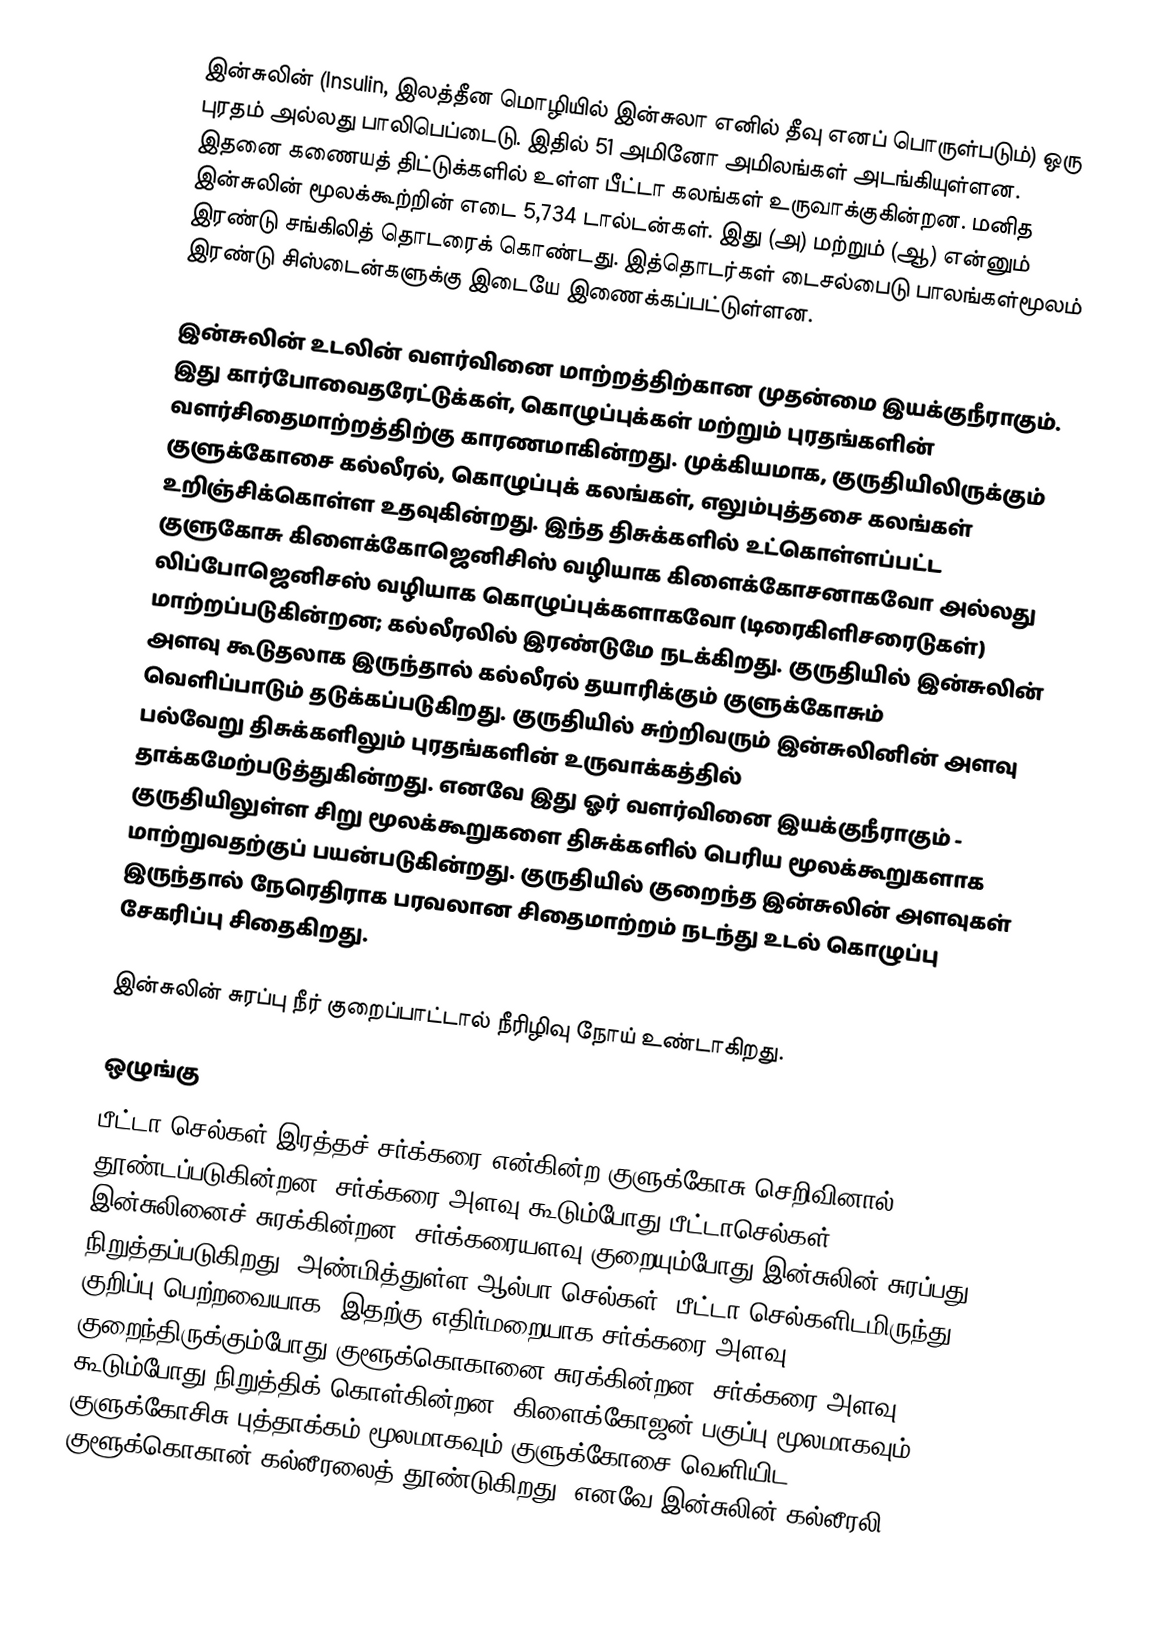
இன்சுலின் (Insulin, இலத்தீன மொழியில் இன்சுலா எனில் தீவு எனப் பொருள்படும்) ஒரு புரதம் அல்லது பாலிபெப்டைடு.  இதில் 51 அமினோ அமிலங்கள் அடங்கியுள்ளன. இதனை கணையத் திட்டுக்களில் உள்ள பீட்டா கலங்கள் உருவாக்குகின்றன. மனித இன்சுலின் மூலக்கூற்றின் எடை 5,734 டால்டன்கள். இது (அ) மற்றும் (ஆ) என்னும் இரண்டு சங்கிலித் தொடரைக் கொண்டது. இத்தொடர்கள் டைசல்பைடு பாலங்கள்மூலம் இரண்டு சிஸ்டைன்களுக்கு இடையே இணைக்கப்பட்டுள்ளன.

இன்சுலின் உடலின் வளர்வினை மாற்றத்திற்கான முதன்மை இயக்குநீராகும். இது கார்போவைதரேட்டுக்கள், கொழுப்புக்கள் மற்றும் புரதங்களின்  வளர்சிதைமாற்றத்திற்கு காரணமாகின்றது. முக்கியமாக, குருதியிலிருக்கும் குளுக்கோசை  கல்லீரல், கொழுப்புக் கலங்கள், எலும்புத்தசை கலங்கள் உறிஞ்சிக்கொள்ள உதவுகின்றது.  இந்த திசுக்களில் உட்கொள்ளப்பட்ட குளுகோசு கிளைக்கோஜெனிசிஸ் வழியாக கிளைக்கோசனாகவோ அல்லது லிப்போஜெனிசஸ்  வழியாக கொழுப்புக்களாகவோ (டிரைகிளிசரைடுகள்) மாற்றப்படுகின்றன; கல்லீரலில் இரண்டுமே நடக்கிறது. குருதியில் இன்சுலின் அளவு கூடுதலாக இருந்தால் கல்லீரல் தயாரிக்கும் குளுக்கோசும் வெளிப்பாடும் தடுக்கப்படுகிறது. குருதியில் சுற்றிவரும் இன்சுலினின் அளவு பல்வேறு திசுக்களிலும் புரதங்களின் உருவாக்கத்தில் தாக்கமேற்படுத்துகின்றது.  எனவே இது ஓர் வளர்வினை இயக்குநீராகும் - குருதியிலுள்ள சிறு மூலக்கூறுகளை திசுக்களில் பெரிய மூலக்கூறுகளாக மாற்றுவதற்குப் பயன்படுகின்றது.  குருதியில் குறைந்த இன்சுலின் அளவுகள் இருந்தால் நேரெதிராக பரவலான  சிதைமாற்றம் நடந்து  உடல் கொழுப்பு சேகரிப்பு சிதைகிறது.

இன்சுலின் சுரப்பு நீர் குறைப்பாட்டால் நீரிழிவு நோய் உண்டாகிறது.

ஒழுங்கு
பீட்டா செல்கள் இரத்தச் சர்க்கரை என்கின்ற குளுக்கோசு செறிவினால் தூண்டப்படுகின்றன. சர்க்கரை அளவு கூடும்போது பீட்டாசெல்கள் இன்சுலினைச் சுரக்கின்றன; சர்க்கரையளவு குறையும்போது இன்சுலின் சுரப்பது நிறுத்தப்படுகிறது.  அண்மித்துள்ள ஆல்பா செல்கள், பீட்டா செல்களிடமிருந்து குறிப்பு பெற்றவையாக, இதற்கு எதிர்மறையாக சர்க்கரை அளவு குறைந்திருக்கும்போது குளூக்கொகானை சுரக்கின்றன; சர்க்கரை அளவு கூடும்போது நிறுத்திக் கொள்கின்றன.  கிளைக்கோஜன் பகுப்பு மூலமாகவும் குளுக்கோசிசு புத்தாக்கம் மூலமாகவும் குளுக்கோசை வெளியிட குளூக்கொகான் கல்லீரலைத் தூண்டுகிறது. எனவே இன்சுலின் கல்லீரலி